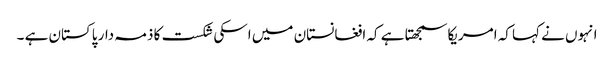
انہوں نے کہا کہ امریکا سمجھتا ہے کہ افغانستان میں اسکی شکست کا ذمہ دار پاکستان ہے ۔